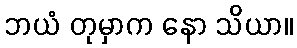
ဘယံ တုမှာက နော သိယာ။